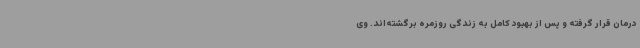
درمان قرار گرفته و پس از بهبود کامل به زندگی روزمره برگشته‌اند. وی